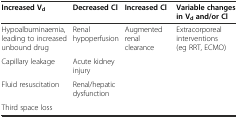
<table><thead><tr><td><b>Increased V<sub>d</sub></b></td><td><b>Decreased Cl</b></td><td><b>Increased Cl</b></td><td><b>Variable changes in V<sub>d</sub>and/or Cl</b></td></tr></thead><tbody><tr><td>Hypoalbuminaemia, leading to increased unbound drug</td><td>Renal hypoperfusion</td><td>Augmented renal clearance</td><td>Extracorporeal interventions (eg RRT, ECMO)</td></tr><tr><td>Capillary leakage</td><td>Acute kidney injury</td><td></td><td></td></tr><tr><td>Fluid resuscitation</td><td>Renal/hepatic dysfunction</td><td></td><td></td></tr><tr><td>Third space loss</td><td></td><td></td><td></td></tr></tbody></table>